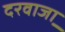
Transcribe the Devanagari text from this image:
दरवाजा़